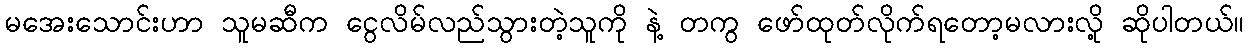
မအေးသောင်းဟာ သူမဆီက ငွေလိမ်လည်သွားတဲ့သူကို နဲ့ တကွ ဖော်ထုတ်လိုက်ရတော့မလားလို့ ဆိုပါတယ်။